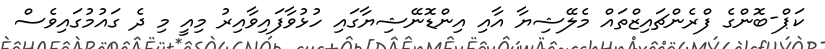
ކަޕް-ބޮންގެ ފްރެންޗައިޒްތައް މެލޭޝިޔާ އާއި އިންޑޮނޭޝިޔާގައި ހުޅުވާފައިވާއިރު މިއީ މި ދެ ގައުމުގައިވެސް